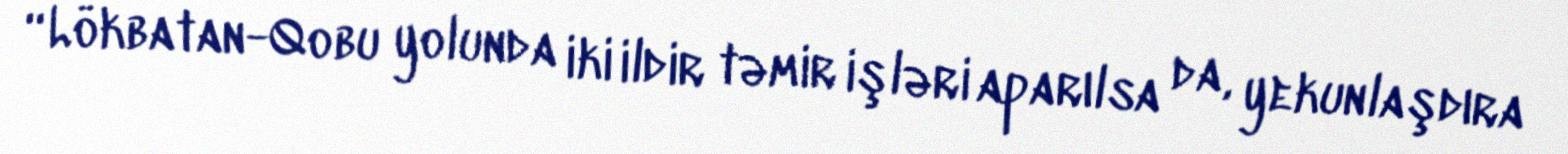
“Lökbatan-Qobu yolunda iki ildir təmir işləri aparılsa da, yekunlaşdıra